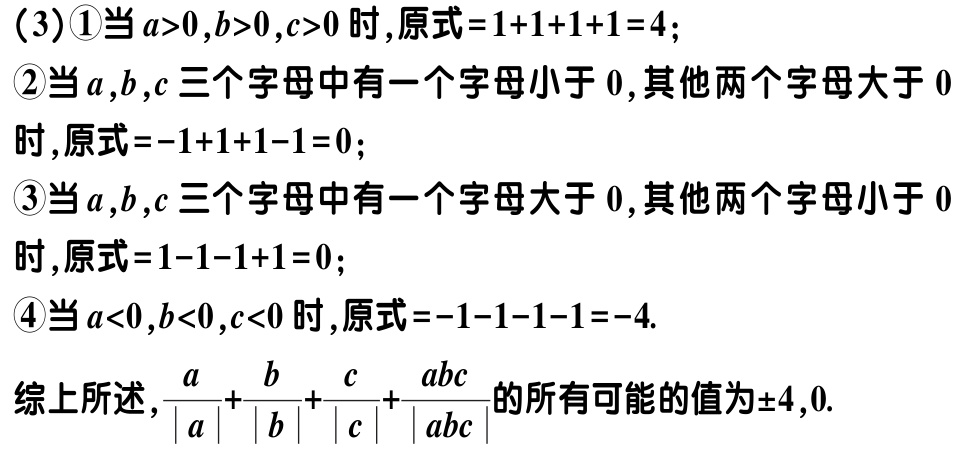
(3)\textcircled{1}当\(a > 0,b > 0,c > 0\)时,原式\(=1 + 1+1 + 1 = 4\);
\textcircled{2}当\(a,b,c\)三个字母中有一个字母小于\(0\),其他两个字母大于\(0\)
时,原式\(=-1 + 1+1 - 1 = 0\);
\textcircled{3}当\(a,b,c\)三个字母中有一个字母大于\(0\),其他两个字母小于\(0\)
时,原式\(=1 - 1-1 + 1 = 0\);
\textcircled{4}当\(a < 0,b < 0,c < 0\)时,原式\(=-1 - 1-1 - 1 = -4\).

综上所述,\(\frac{a}{\vert a\vert}+\frac{b}{\vert b\vert}+\frac{c}{\vert c\vert}+\frac{abc}{\vert abc\vert}\)的所有可能的值为\(\pm4,0\).